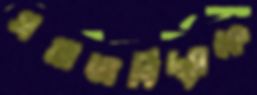
সমাজবিদ্যাকে